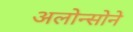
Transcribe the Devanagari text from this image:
अलोन्सोने